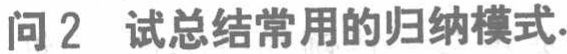
问 2  试总结常用的归纳模式.